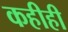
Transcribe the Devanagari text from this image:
कहीही